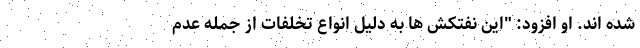
شده اند. او افزود: "این نفتکش ها به دلیل انواع تخلفات از جمله عدم